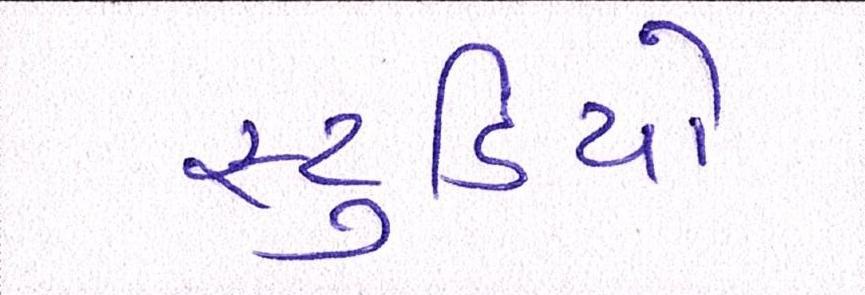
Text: સ્ટુડિયો